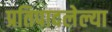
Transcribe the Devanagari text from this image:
प्रतिपादलेल्या